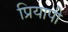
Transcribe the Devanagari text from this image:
प्रियापी